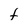
Character: t